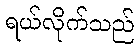
ရယ်လိုက်သည်